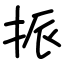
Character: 挀